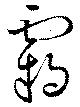
覊